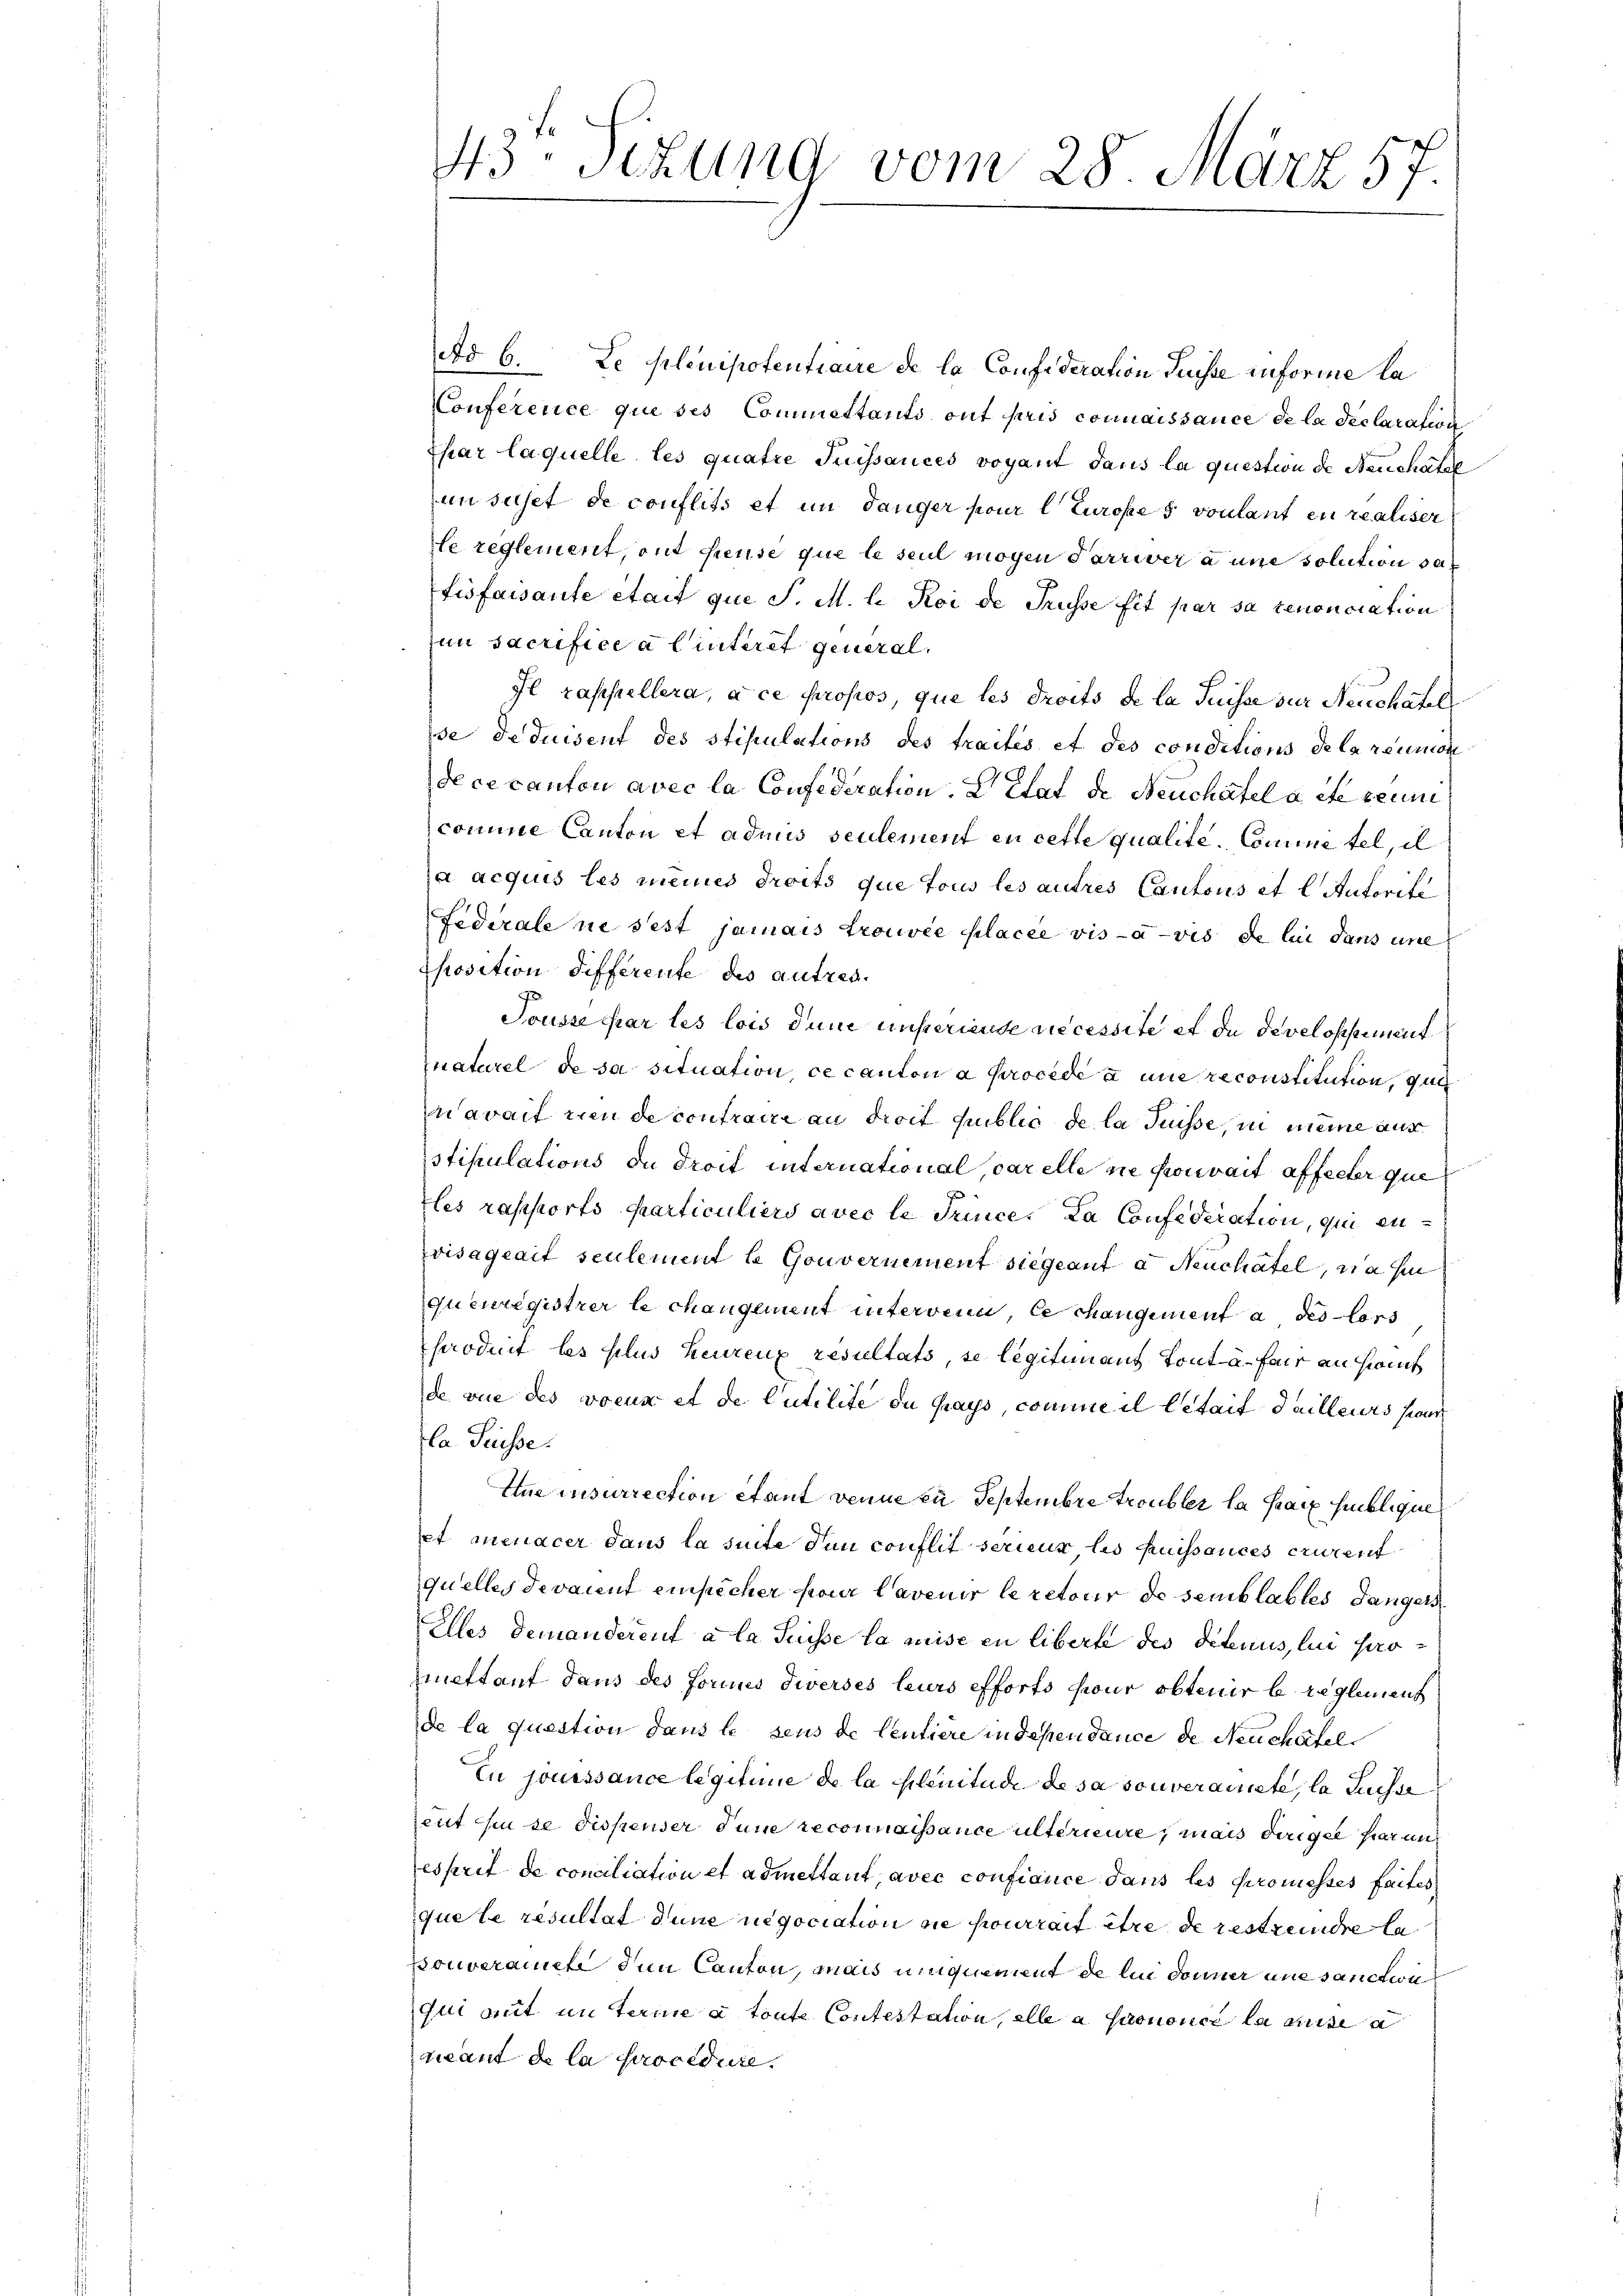
Ad 6. Le plenipotentiaire de la Confideration Suisse informe la
Conference que ses Committants auf pris connaissance de la déclaration
Epar laquelle les quatre Juissances voyant dans la question de Neuchatel
in sichet de conflits et im Tanger pour l Europe 5 voulant en realiser
le reglement, out freuse que le seul mögen Parriver à une solution ser
fisfaisante était que P. M. h. Roi de Trüsse Eit par sa renonciation
im sacrifice a linteret general¬
Il rappellera, à ce propos, que les droits de la Suisse zur Neuchatel
se Deduisent des stipulations des traités et des conditions de la réunione
de ce canton avec la Confederation. Citat de Neuchatel acte reum
comme Canton et admis seulement en cette qualite. Comme tel, il
a acquis les meines droits que tous les autres Cantons et lautorite
Federale ne sest jamais trouvée placée vis-à-vis de bei dans une
pposition differente des autres.
Tousse par les lois den unsteriende recessite et du develossement
naturel de sa situation, ce canton a procede à une reconstitution, ganz
nawaif um de contraire an droit public de la Suisse, in meine aus
stipulations du droit international, carelle ne pouvait affecter que
les rapports particuliers avec le Trince. La Confederation, qui envisaglait seulement le Gouvernement siegeant a Neuchatel, nahm
Quenregistrer le changement untervenu, le changement a des lors
sroduit les plus heurenz resultats, se legitimant tout u. für an Haus
de vue des voeux et de Putilite du pays, comme il betait dailleurs sond
la Trüsse.
Ine insurrection étant venne zu Septembre troubler la paix hublique,
et menacer dans la suite den conflit serieur les fruissances crurent
quelles devaient empicher pour lavenir le retour de semblables dangers
Alles demanderent à la Suisse la mise en liberte des Petenus, lui pro-
Muettant dans des Formnis diverses leurs efforts für obtenir breglement
de la question dans le sens de Centiere in dependance de Neucharfel
En jouissance legitime de la pleniture de sa souverainete, la Suisse
eut si se dispenser dene reconnaissance ultérieure, mais diriger hierun
esprit de conciliation et admettant, avec confiance dans les promesses faites
que le resultat dene negociation sie pourrait être de restreiche la
Konveramte den Canton, mais unquement de la donner une sanction
Gli mit in terme à toute Contestation, elle a suononce la mise
Laut de la procedure.

43. Sizung vom 28. März 57.